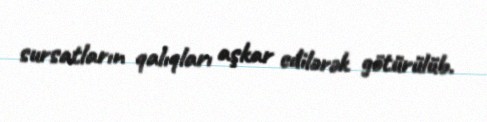
sursatların qalıqları aşkar edilərək götürülüb.